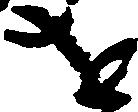
を